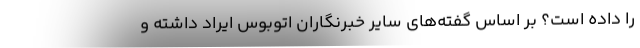
را داده است؟ بر اساس گفته‌های سایر خبرنگاران اتوبوس ایراد داشته و